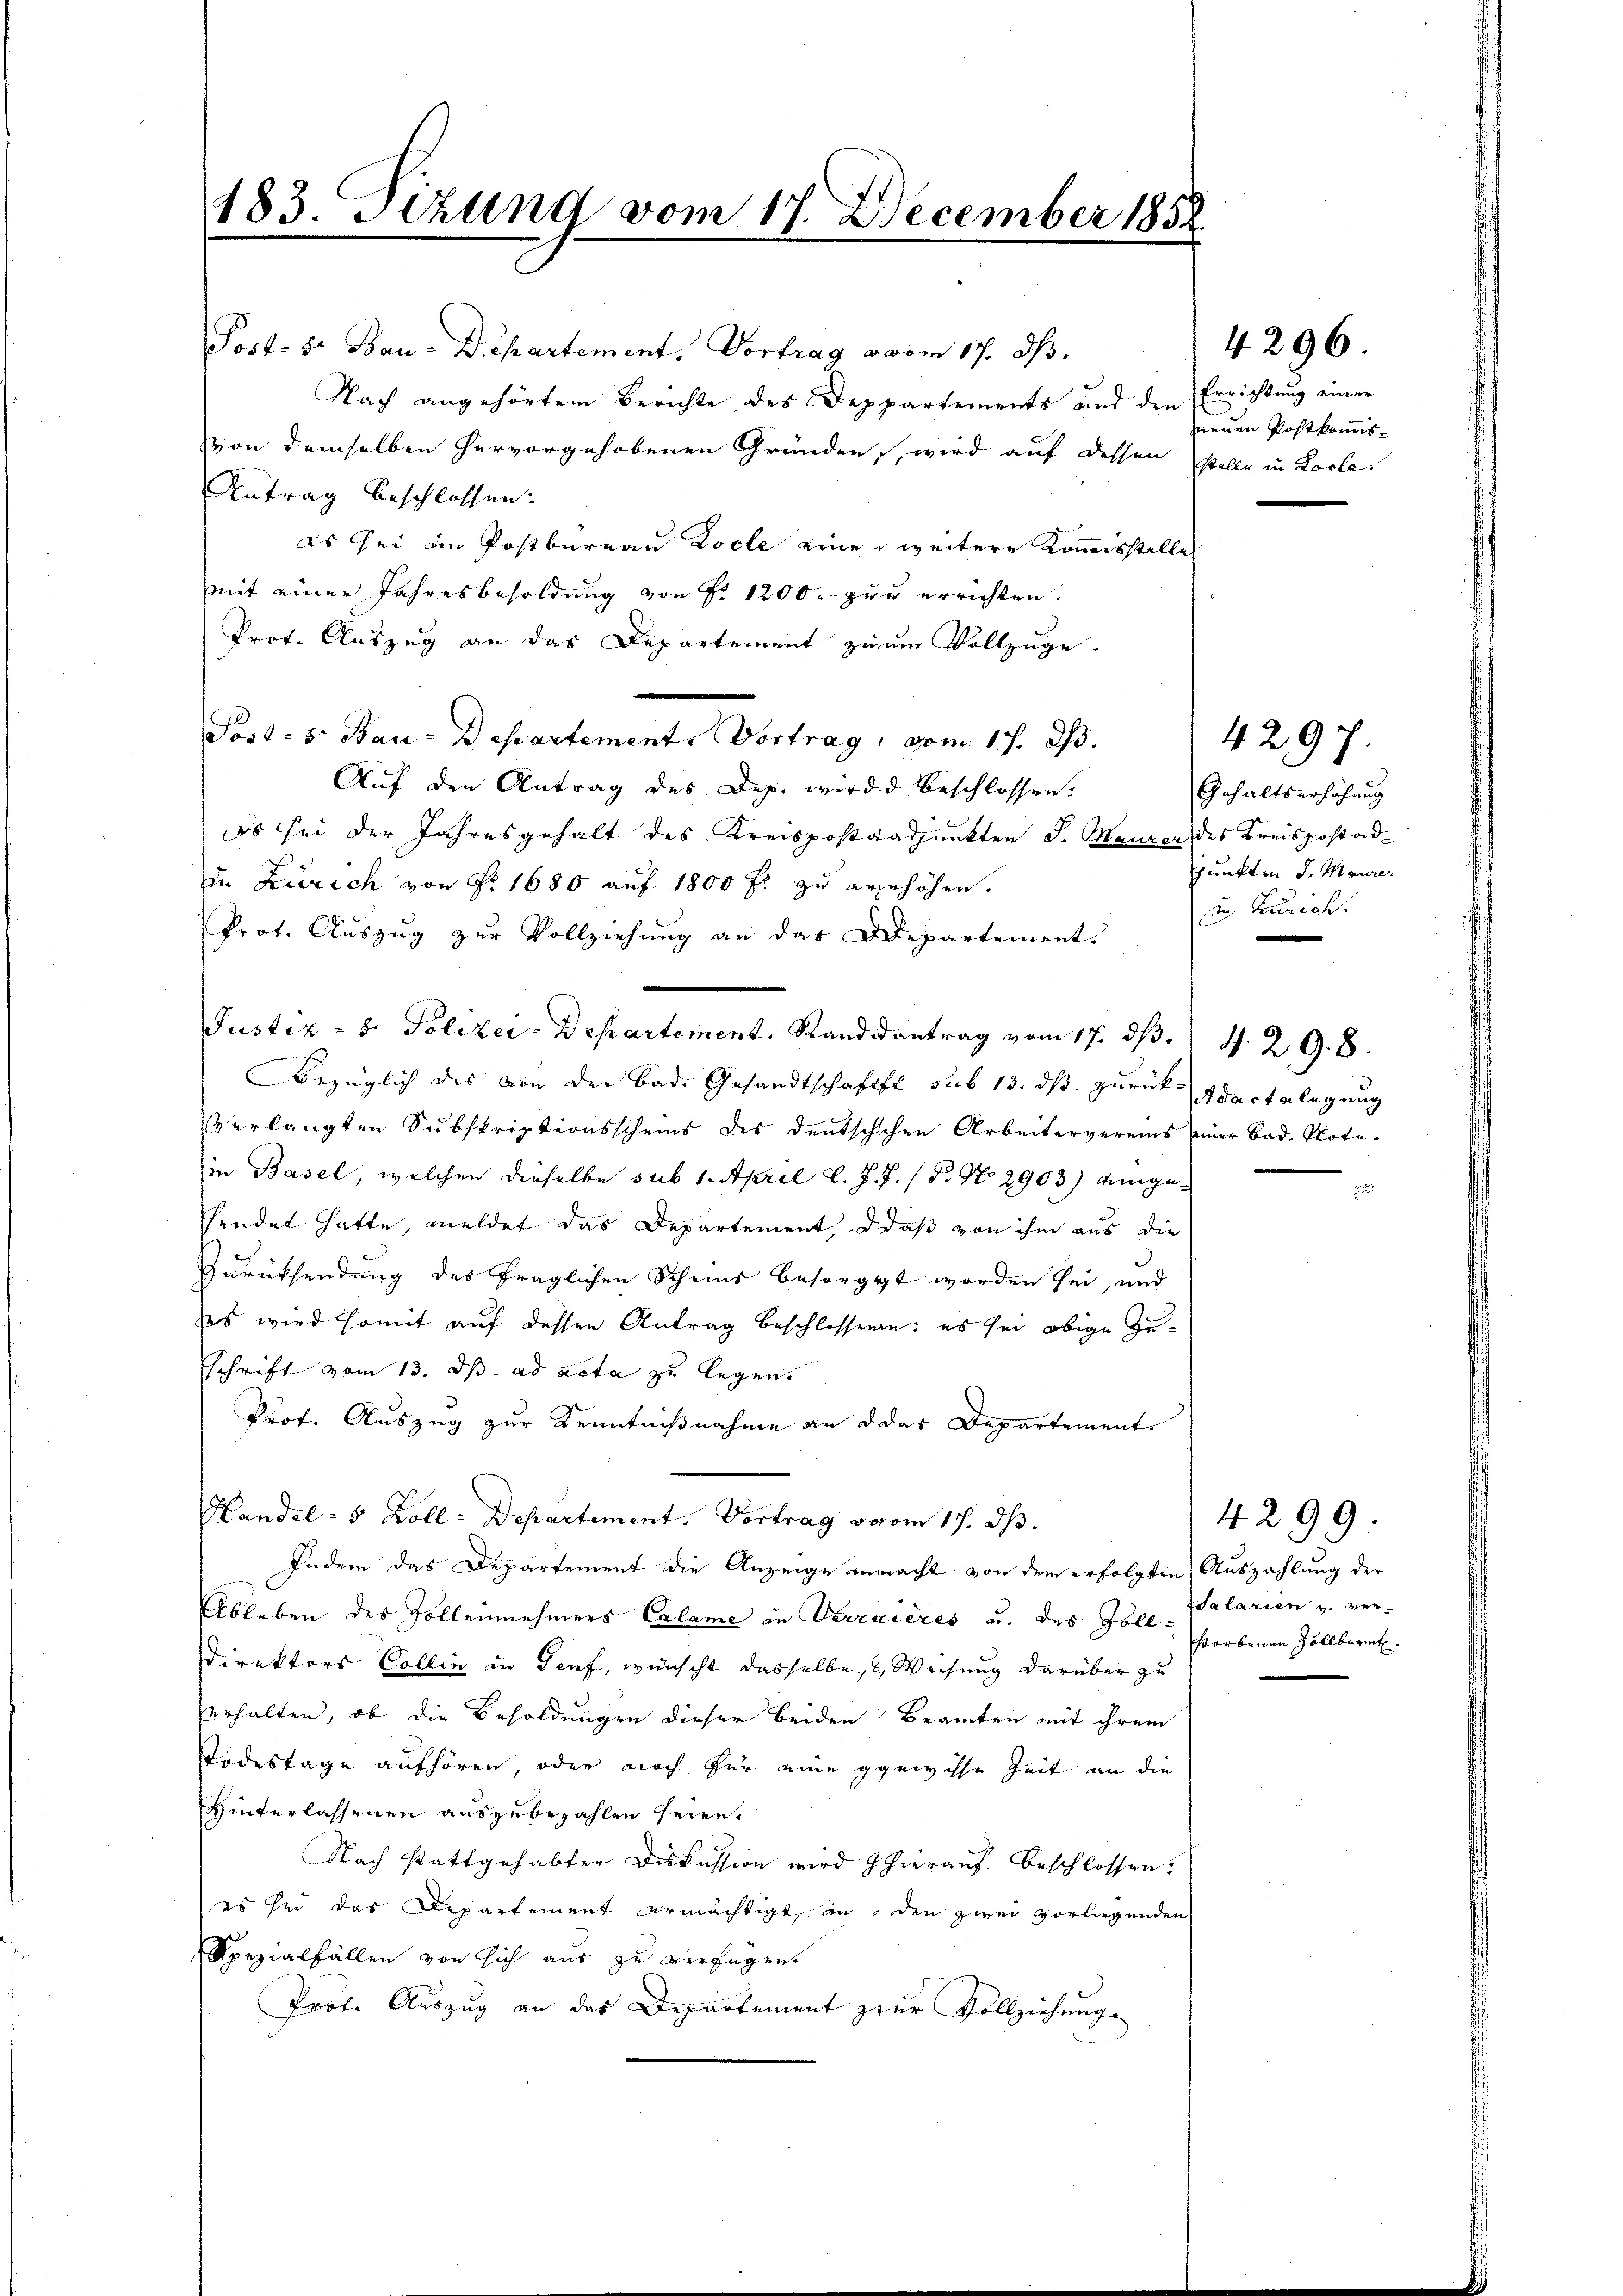
Post. S. Bau-Departement, Vortrag vom 17. ds.
Nach angehörtem Berichte des Deppartements und den Errichtung einer
von demselben hervorgehobenen Gründen, wird auf dessen stelle in Loche
Antrag beschlossen:
as sei in Postbureau Koche eine weitere Kommisstelle
mit einer Jahresbesoldung von P. 1200.- zur errichten.
Prot. Auszug an das Departement zum Vollzüge.
Sosa- 5. Bau-Departement. Vortrag, vom 17. ds.
Auf den Antrag des Dep. wird beschlossen.
es sei der Jahresgehalt des Kreispostandpunkten J. Maurer des Kreispostadin Zürich von Nr. 1680 auf 1800 fl zu erhöhen.
Prot. Aŭszŭg zŭr Vollziehung an das Departement.
Justiz- & Polizei-Departement. Standsantrag vom 17. dß. 429. 8.
Bezüglich des von der Bad. Gesandtschaft sub 13. ds zurück Adectslegung
verlangten Subskriptionsscheins des deutschchen Arbeitervereins seiner Bad Notain Basel, welchen dieselbe sub 1. April l. J. J. / B. No 2903) eingesendet hatte, meldet das Departement, daß von ihm aus die
Zurücksendung des fraglichen Scheins besorgt worden sei, und
es wird somit auf dessen Antrag beschlossen: es sei obige Zusschrift vom 13. ds. ad acta zu legen.
Prof. Auszug zur Kenntnißnahme an das Departement
Handel - 5 Zoll-Departement. Vortrag vom 17. ds.
Indem das Departement die Anzeige gemacht von dem erfolgten Auszahlung der
Ableben des Zolleinehmers Calame in Verraieres u. des Zoll Salarien u. ver¬
Direktors Collen in Genf, wünscht dasselbe, & Weisung darüber zu
erhalten, ob die Besoldungen dieser beiden Beamten mit ihrem
Todestage aufhören, oder noch für eine gewisse Zeit an die
Hinterlassenen auszubezahlen seien.
Nach stattgehabter Diskussion wird hierauf beschlossen.
es sei das Departement ermächtigt in den zwei vorliegenden
Spezialfällen von sich aus zu verfügen.
Prot. Auszug an das Departement zur Vollziehung

183. Sitzung vom 17. December 185.

neuen Postkommis¬

4296.

4297.
Gehaltserhöhung
punkten J. Maurer
n Kurich.

4299.
storbenen Zollbüret